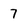
Character: 7